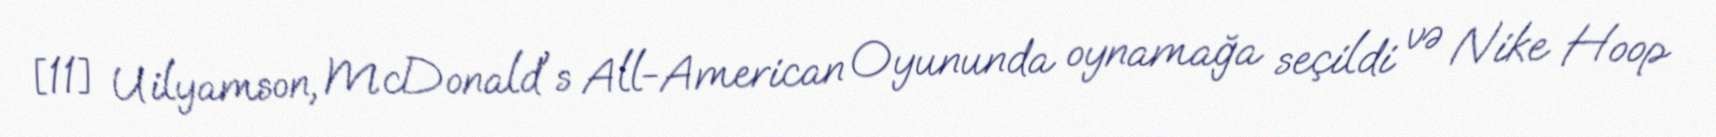
[11] Uilyamson, McDonald's All-American Oyununda oynamağa seçildi və Nike Hoop